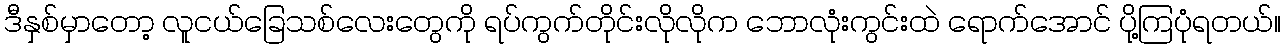
ဒီနှစ်မှာတော့ လူငယ်ခြေသစ်လေးတွေကို ရပ်ကွက်တိုင်းလိုလိုက ဘောလုံးကွင်းထဲ ရောက်အောင် ပို့ကြပုံရတယ်။